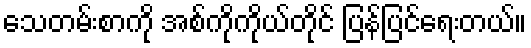
သေတမ်းစာကို အစ်ကိုကိုယ်တိုင် ပြန်ပြင်ရေးတယ်။